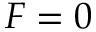
F = 0